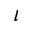
\iota